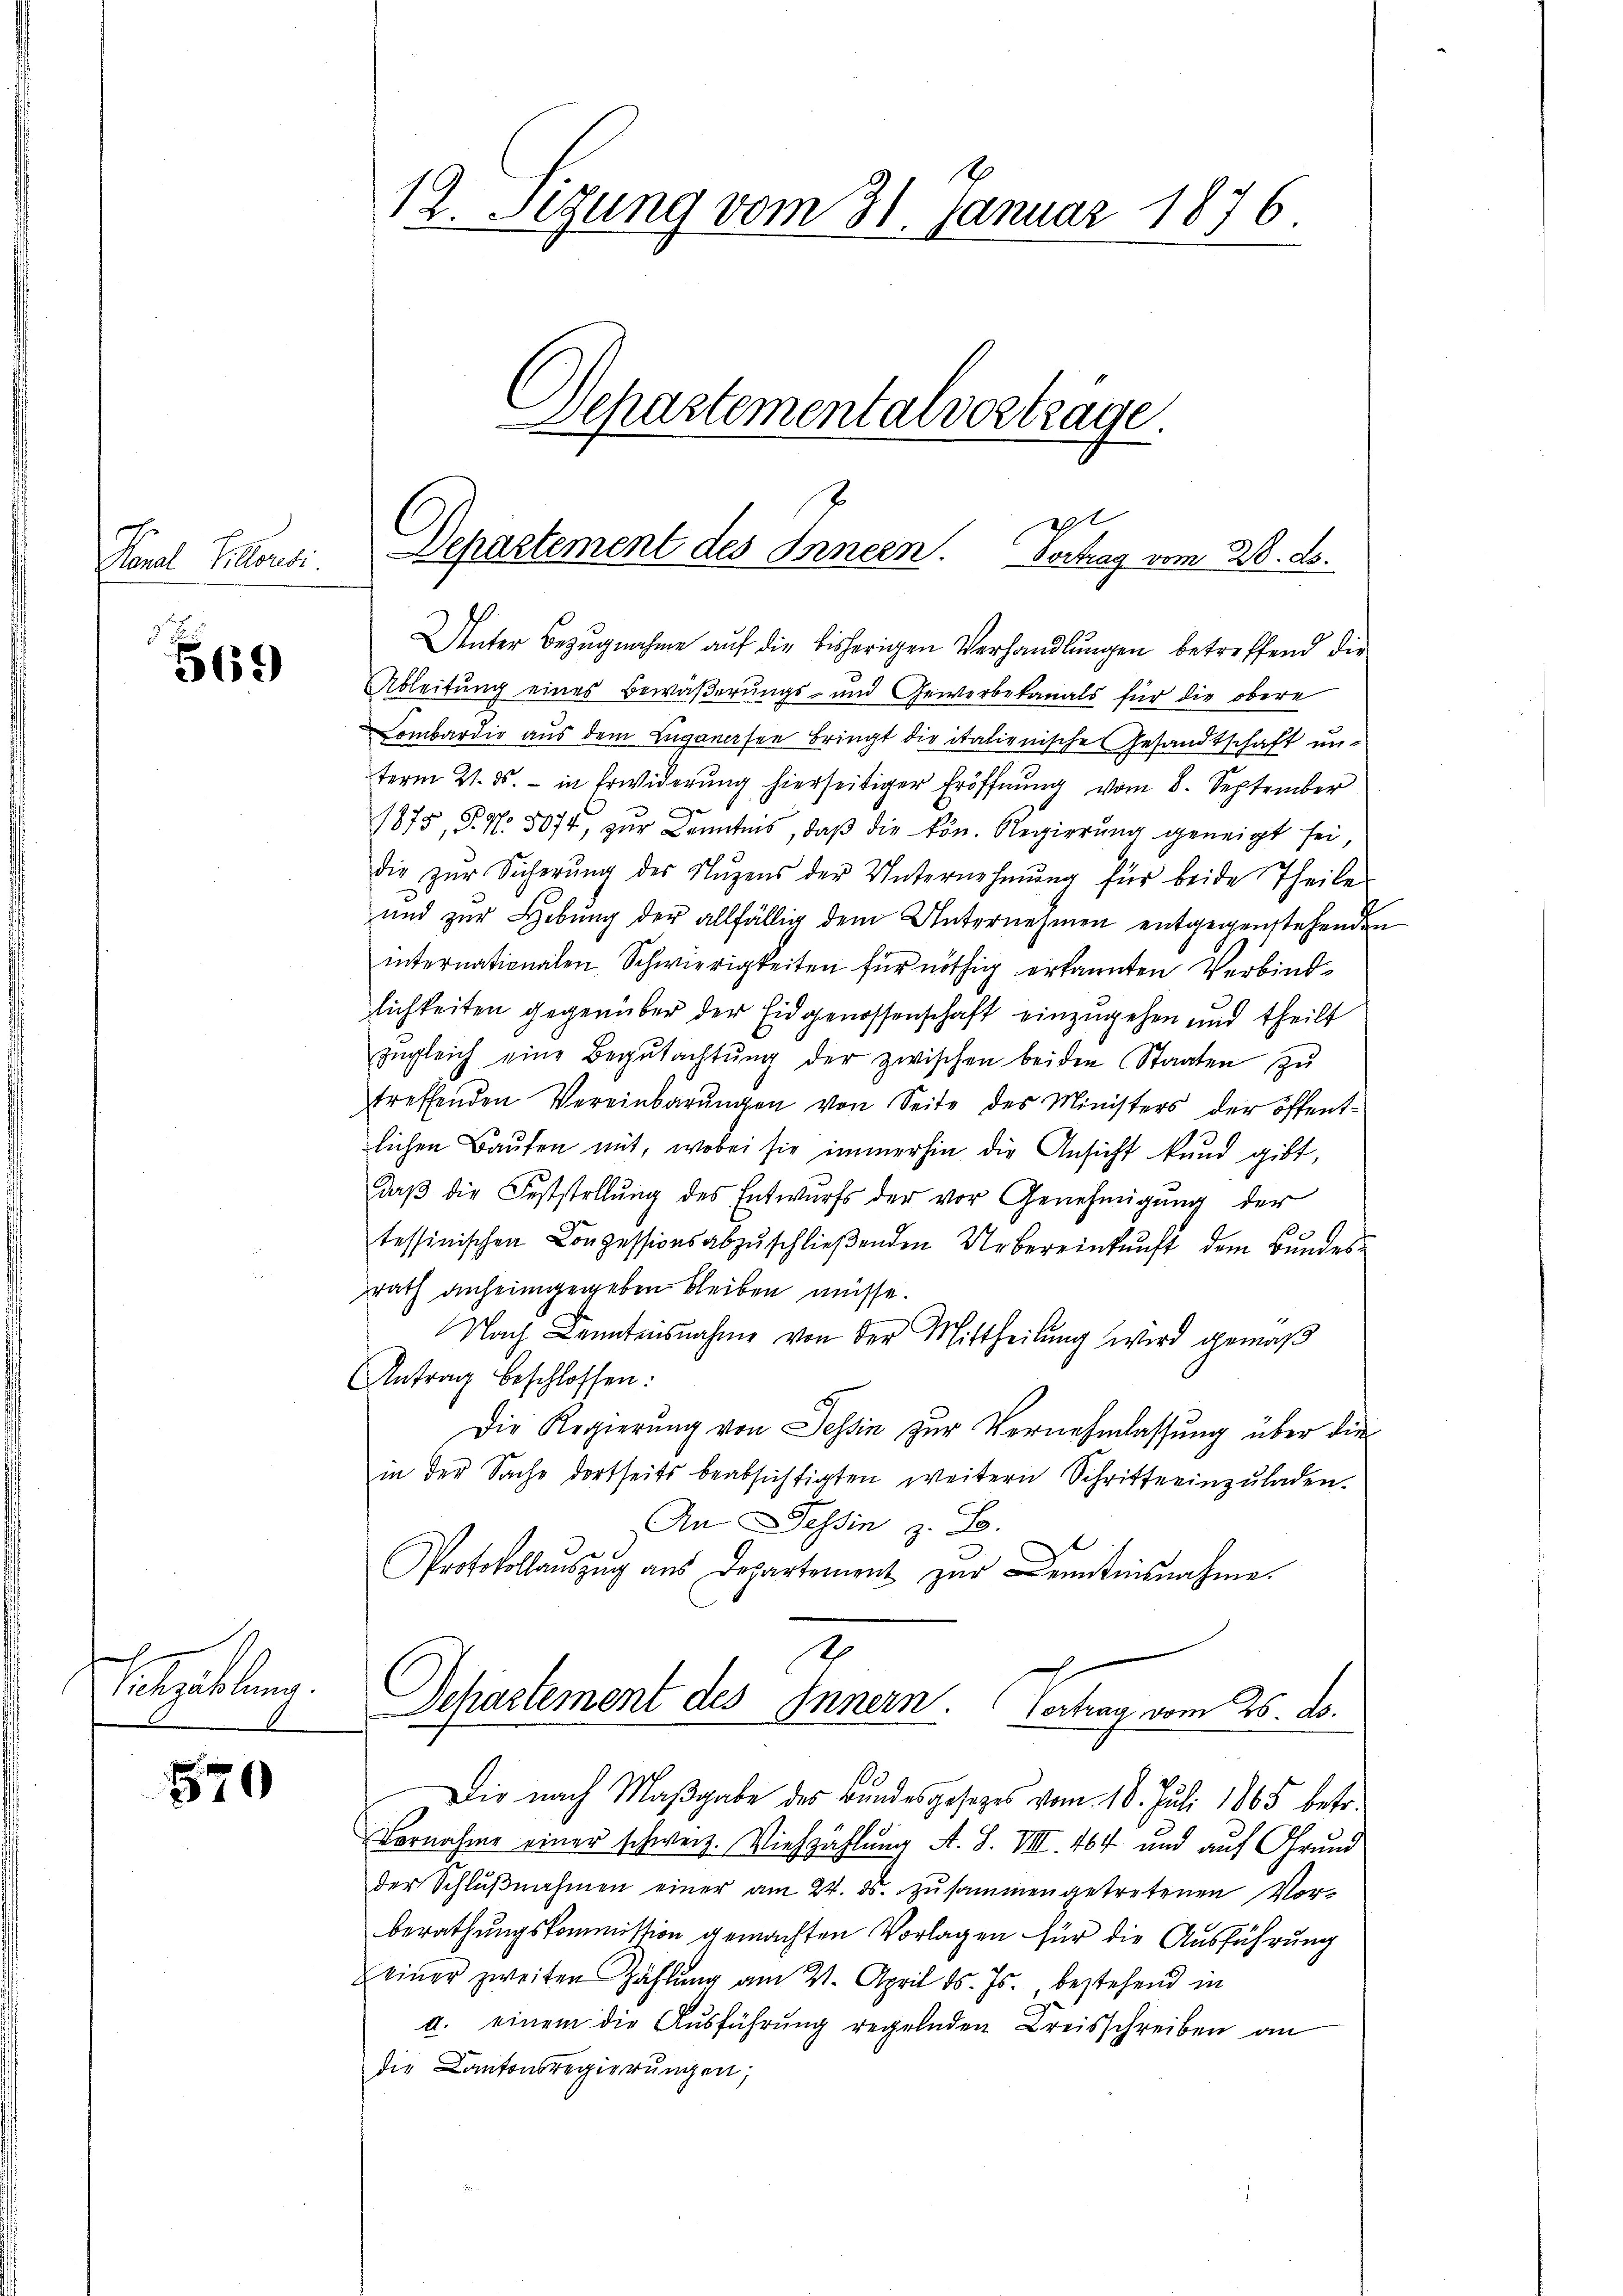
Sorel Poesi

569

Pelzedelung.

570

Unter Bezugnahme auf die bisherigen Verhandlungen betreffend die
Ableitung eines Bewäßerungs- und Gewerbekanals für die obere
Lombardio aus dem Luganesen Bringt die italienische Gesandtschaft un-
term 21. ds. in Erwiderŭng hierseitiger Eröffnŭng vom 8. September
1875, P. Nr. 5074, zur Kenntnis, daß die kön. Regierung geneigt sei
die zŭr Sicherŭng des Nŭzens der Unternehmung für beide Theile
und zur Hebung der allfällig dem Unternehmen entgegenstehenden
internationalen Schwierigkeiten für nöthig erkannten Verbindlichkeiten gegenüber der Eidgenossenschaft einzugehen und theilt
zŭgleich eine Begŭtachtŭng der zwischen beiden Staaten zŭ
treffenden Vereinbarŭngen von Seite des Ministers der öffent-
lichen Bauten mit, wobei sie immerhin die Ansicht kund gibt,
daβ die Feststellŭng des Entwurfs der vor Genehmigŭng der
tessinischen Conzessionsabzuschließenden Uebereinkunft dem Bundeszrath anheimgegeben bleiben müsse.
Nach Kenntnisnahme von der Mittheilung wird gemäß
Antrag beschlossen:
Die Regierung von Tessin zur Vernehmlassung über die
in der Sache dortseits beabsichtigten weitern Schritte einzŭladen.
An Tessin z. B.
Protokollaŭszŭg aŭs Departement zŭr Kenntnisnahme.
7
Schrastement des Innern. Vertrag vom 25. d.
Die nach Maβgabe des Bundesgesezes vom 18. Juli 1865 betr.
Vornahme einer schweiz. Viehzählung A. S. VIII. 464 und auf Grund
der Schlŭβnahmen einer am 24. ds. zŭsammengetretenen Vor-
berathungskommission gemachten Vorlagen für die Ausführung
einer zweiten Zählŭng am 21. April d. Js., bestehend in
a. einem die Ausführung regelnden Breisschreiben an
die Kantonsregierungen,

12. Segung vom 31. Januar 1876.
Departementalvertrage.

29t
Sehastement des Innern. Vortrag vom 28. ds.